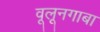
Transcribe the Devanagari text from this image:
वूलूनगाबा